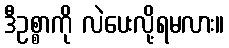
ဒီဥစ္စာကို လဲပေးလို့ရမလား။